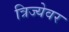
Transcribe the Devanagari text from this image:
त्रिज्येवर